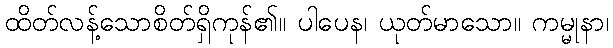
ထိတ်လန့်သောစိတ်ရှိကုန်၏။ ပါပေန၊ ယုတ်မာသော။ ကမ္မုနာ၊